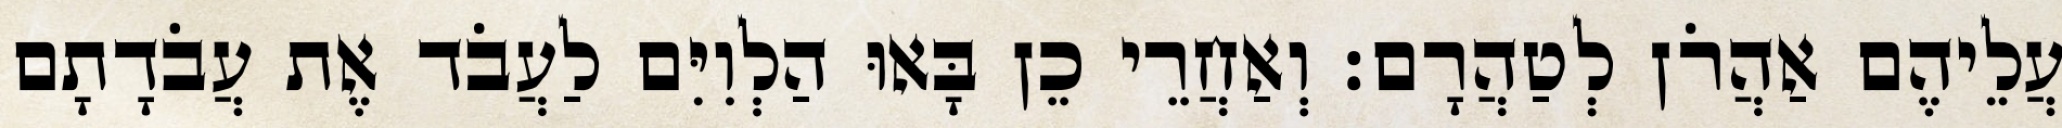
עֲלֵיהֶם אַהֲרֹן לְטַהֲרָם׃ וְאַחֲרֵי כֵן בָּאוּ הַלְוִיִּם לַעֲבֹד אֶת עֲבֹדָתָם